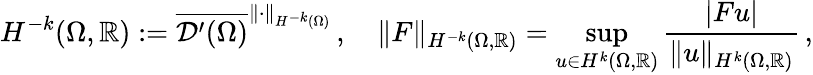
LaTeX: H^{-k}(\Omega,\mathbb{R}):=\overline{{\mathcal{D}^{\prime}(\Omega)}}^{\| \cdot\| _{H^{-k}(\Omega)}}\, ,\quad\| F\| _{H^{-k}(\Omega,\mathbb{R})}=\operatorname*{sup}_{u\in{H^{k}(\Omega,\mathbb{R})}}\frac{|Fu|}{\| u\| _{H^{k}(\Omega,\mathbb{R})}}\, ,